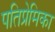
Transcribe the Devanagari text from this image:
पतिप्रेमिका